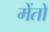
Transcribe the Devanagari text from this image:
मेंतो